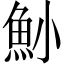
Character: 𩵖